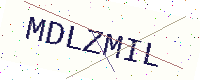
Text: MDLZMIL